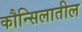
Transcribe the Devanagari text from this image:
कौन्सिलातील